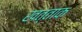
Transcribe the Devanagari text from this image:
खत्ताक